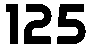
125